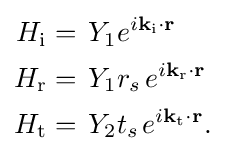
{\begin{aligned}H_{\text{i}}&=\,Y_{1}e^{i\mathbf {k} _{\text{i}}\mathbf {\cdot r} }\\H_{\text{r}}&=\,Y_{1}r_{s\,}e^{i\mathbf {k} _{\text{r}}\mathbf {\cdot r} }\\H_{\text{t}}&=\,Y_{2}t_{s\,}e^{i\mathbf {k} _{\text{t}}\mathbf {\cdot r} }.\end{aligned}}